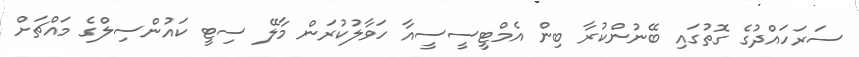
ސަރަހައްދުގެ ގޮތުގައި ބޭނުންކުރާ ބިން އެމްޓީސީސީއާ ހަވާލުކުރަން މާލޭ ސިޓީ ކައުންސިލްގެ މައްޗަށް